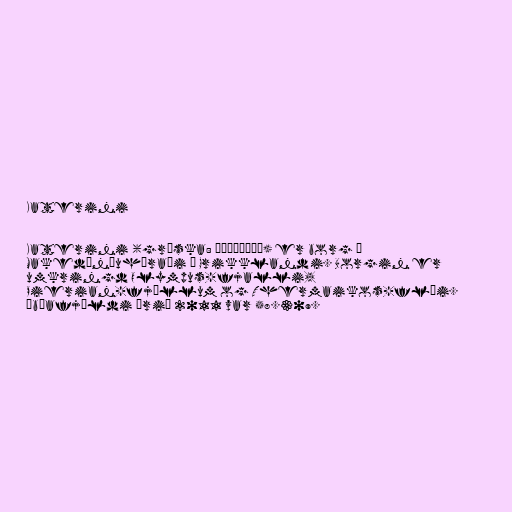
Katerini

Katerini (gríska: Κατερίνη) er borg í
Makedóníuhéraði í Grikklandi. Borgin er
umkringd Olympus-fjalli,
Pierian-fjöllum og Thermaikos-flói.
Íbúafjöldi árið 2011 var 58.309.